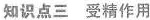
知识点三 受精作用